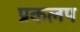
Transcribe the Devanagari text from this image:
प्रकलप